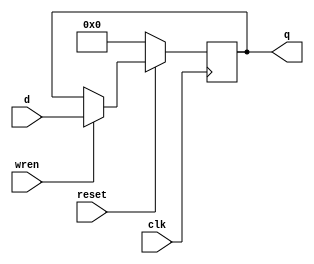
module scoreLatch(d, q, reset, wren, clk);

output reg [31:0] q;
input [31:0] d;
input reset, clk, wren;

initial begin
	q <= 31'd0;
end

always @(posedge clk) begin
	if (~reset) begin
		q <= 31'd0;
	end else if (wren) begin
		q <= d;
	end
end

endmodule